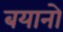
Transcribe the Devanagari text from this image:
बयानो